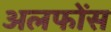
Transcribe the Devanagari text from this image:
अलफोंस